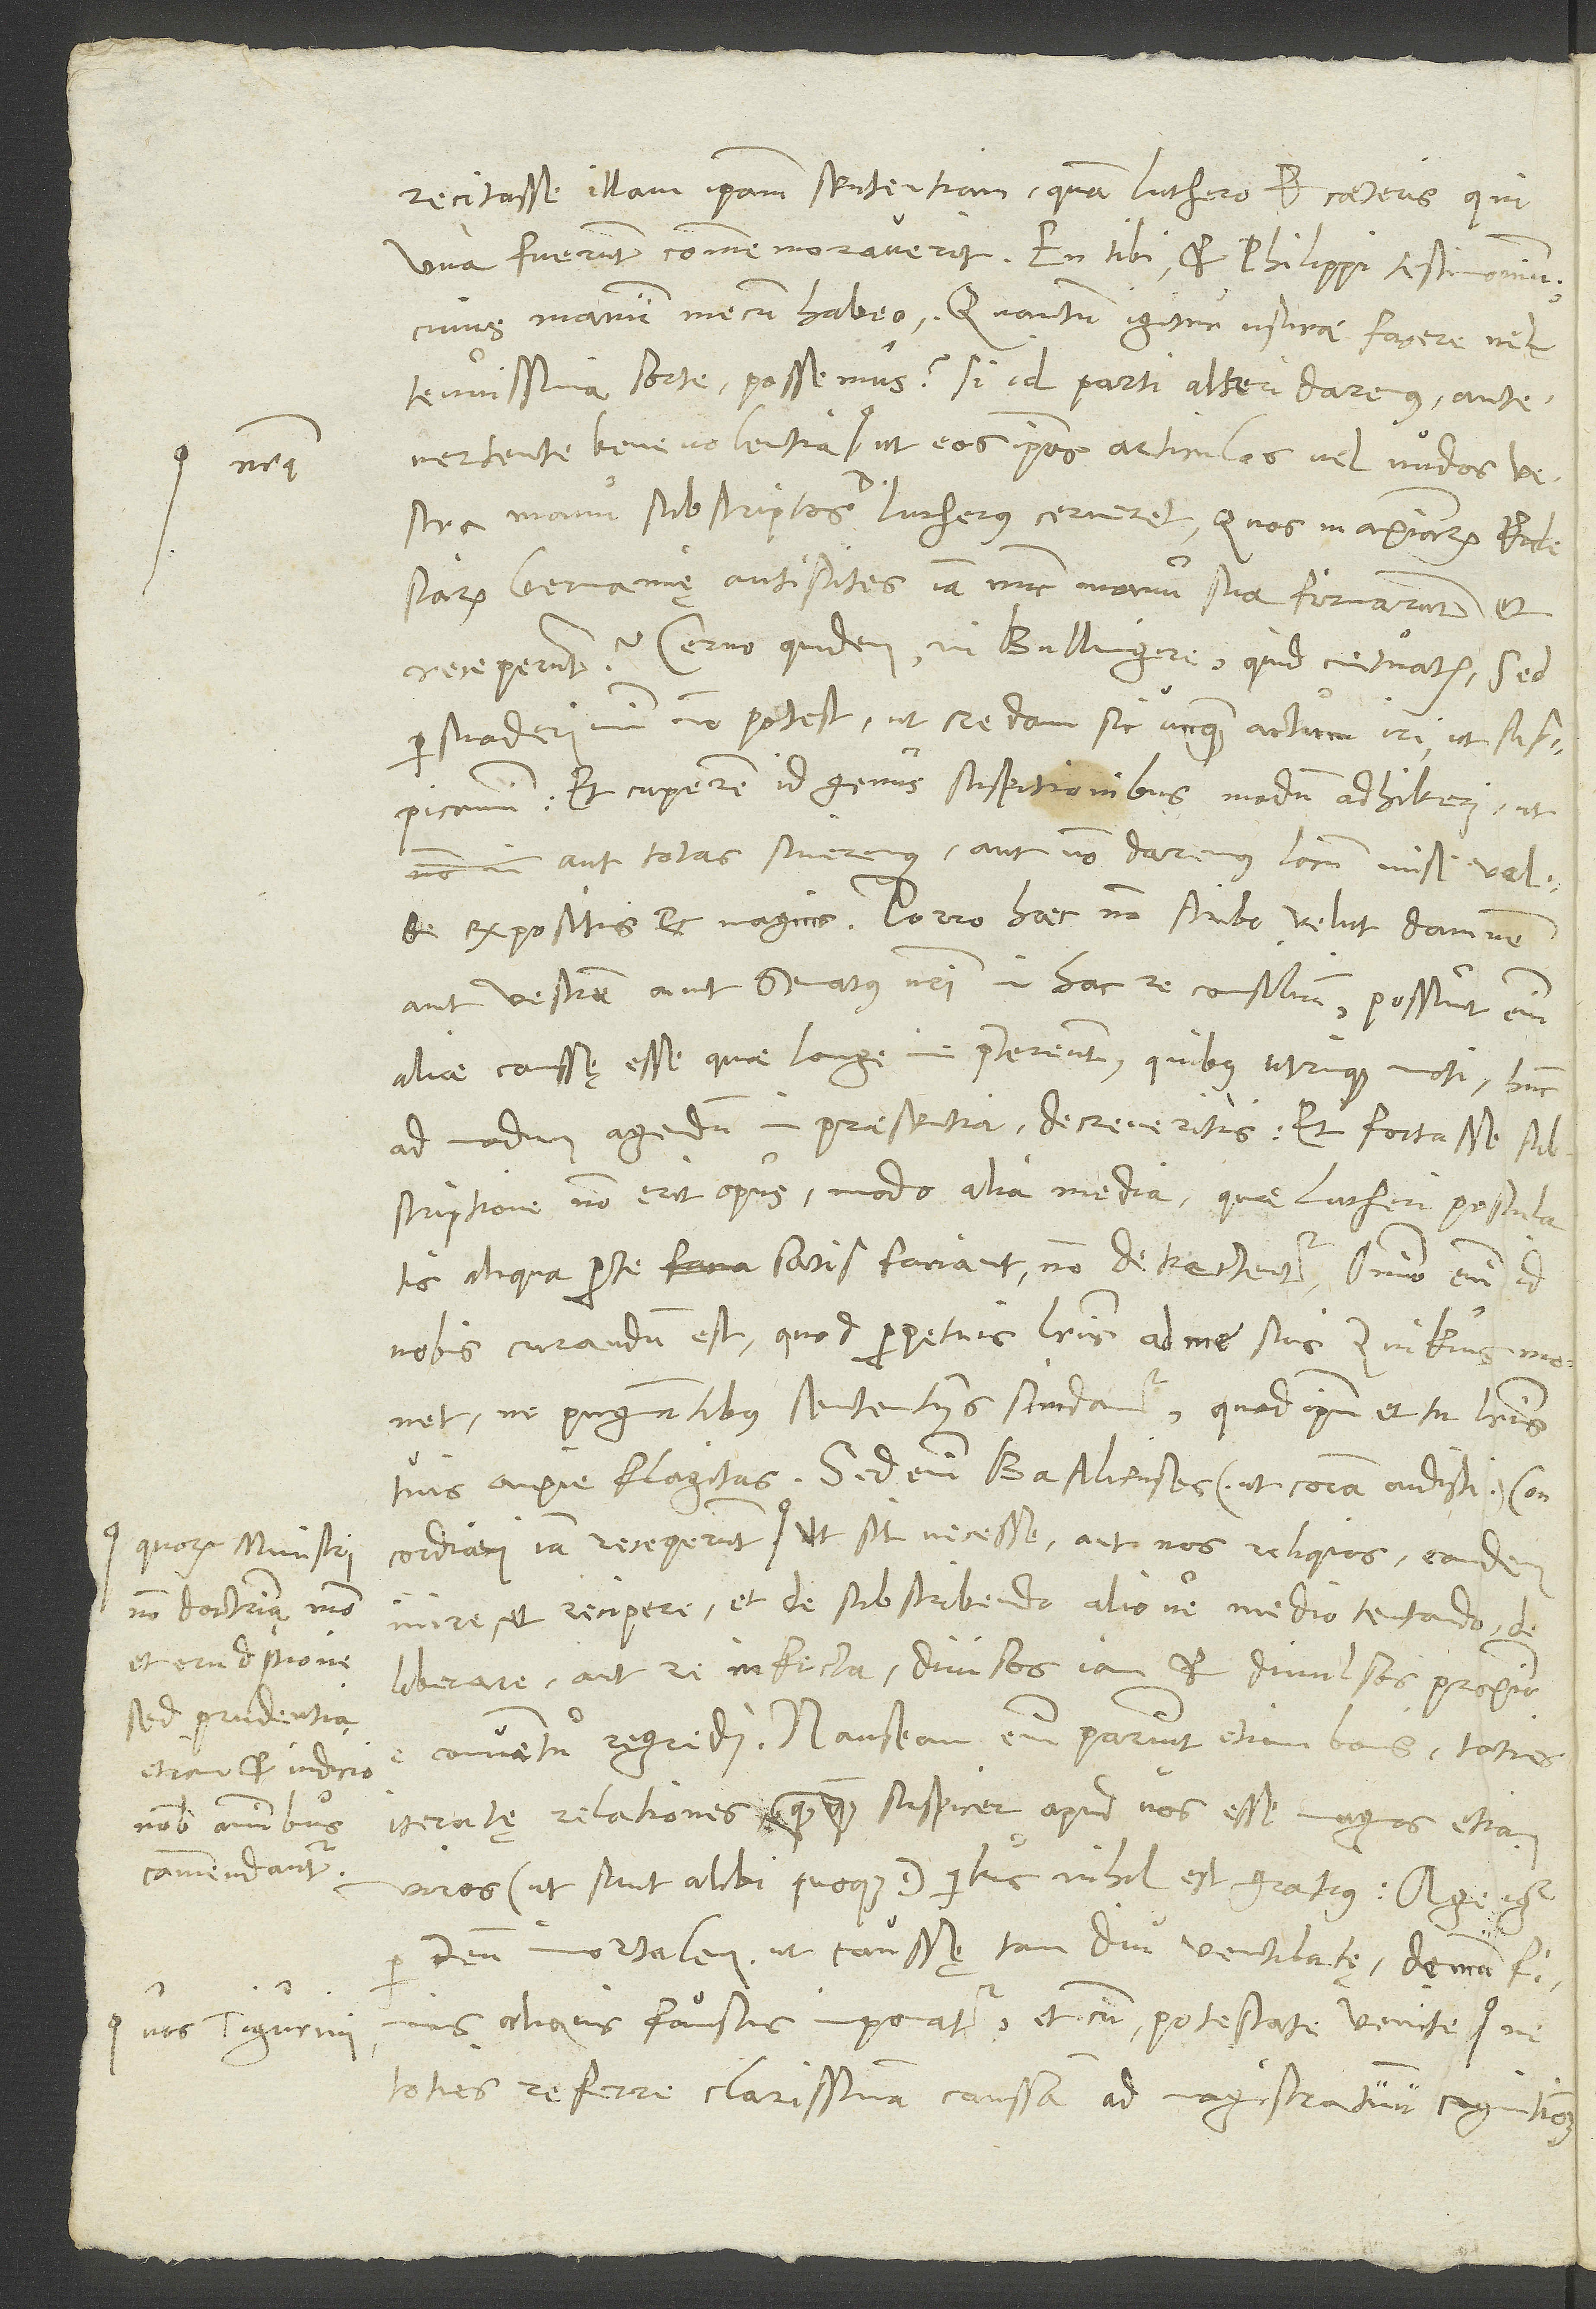
quorum ministri
non doctrina modo
sed prudentia
etiam et iudicio
nobis omnibus
commendantur,

ecitasse illam ipsam sententiam, quam Luthero et caeteris, qui
una fuerunt, commemoraverit. En tibi et Philippi testimonium,
cuius manum mecum habeo. Quantum igitur usurae facere vel
tenuissima sorte possemus, si id parti alteri daremus antevertente
benevolentia nostra ut eos, ipsos articulos vel nudos vestra
manu subscriptos doctor Lutherus cerneret, quos maximarum ecclesiarum
Germanię antistites iam nunc manu sua firmarunt et
receperunt? Cerno quidem, mi Bullingere, quid metuatis. Sed
persuaderi mihi non potest, ut credam sic unquam actum in, ut suspicamini.
Et cuperem id genus suspitionibus modum adhiberi, ut
aut totas sineremus aut non daremus locum nisi valde
aut vestrum aut senatus vestri in hac re consilium. Possunt enim
aliae caussę esse, quae longe me praetereunt, quibus utrinque moti hunc
ad modum agendum in pręsentia decreveritis. Et fortasse
subscriptione non erit opus, modo alia media, quae Lutheri postulatis
aliqua parte satis faciant, non detrectentur. Omnino enim id
nobis curandum est, quod perpetuis literis ad me suis Zvikius monet,
ne pugnantibus sententiis scindamur, quod ipsum et tu literis
tuis anxie flagitas. Sed enim Basilienses (ut coram Audisti) concordiam
mire et recipere et de subscribendo aliove medio tentando
deliberare aut re infecta divisos iam et divulsos proximo
conventu regredi. Nauseam enim pariunt etiam bonis toties
iteratę relationes - quanquam suspicer apud vos esse magnos etiam
viros (ut sunt alibi quoque), quibus nihil est gratius. Age igitur
deum immortalem, ut caussę tam diu ventilatę demum finis
aliquis faustus imponatur. Et cum potestate venite
toties referre clarissimam caussam ad magistratuum cognitionem